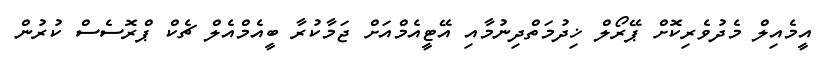
އީމެއިލް މެދުވެރިކޮށް ޕޭރޯލް ޚިދުމަތްދިނުމާއި އޭޓީއެމްއަށް ޖަމާކުރާ ބީއެމްއެލް ޗެކް ޕްރޮސެސް ކުރުން